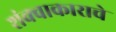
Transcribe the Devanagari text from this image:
शंक्वाकाराचे